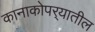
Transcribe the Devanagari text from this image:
कानाकोपर्‍यातील